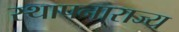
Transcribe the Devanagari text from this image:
स्थापनाराज्य